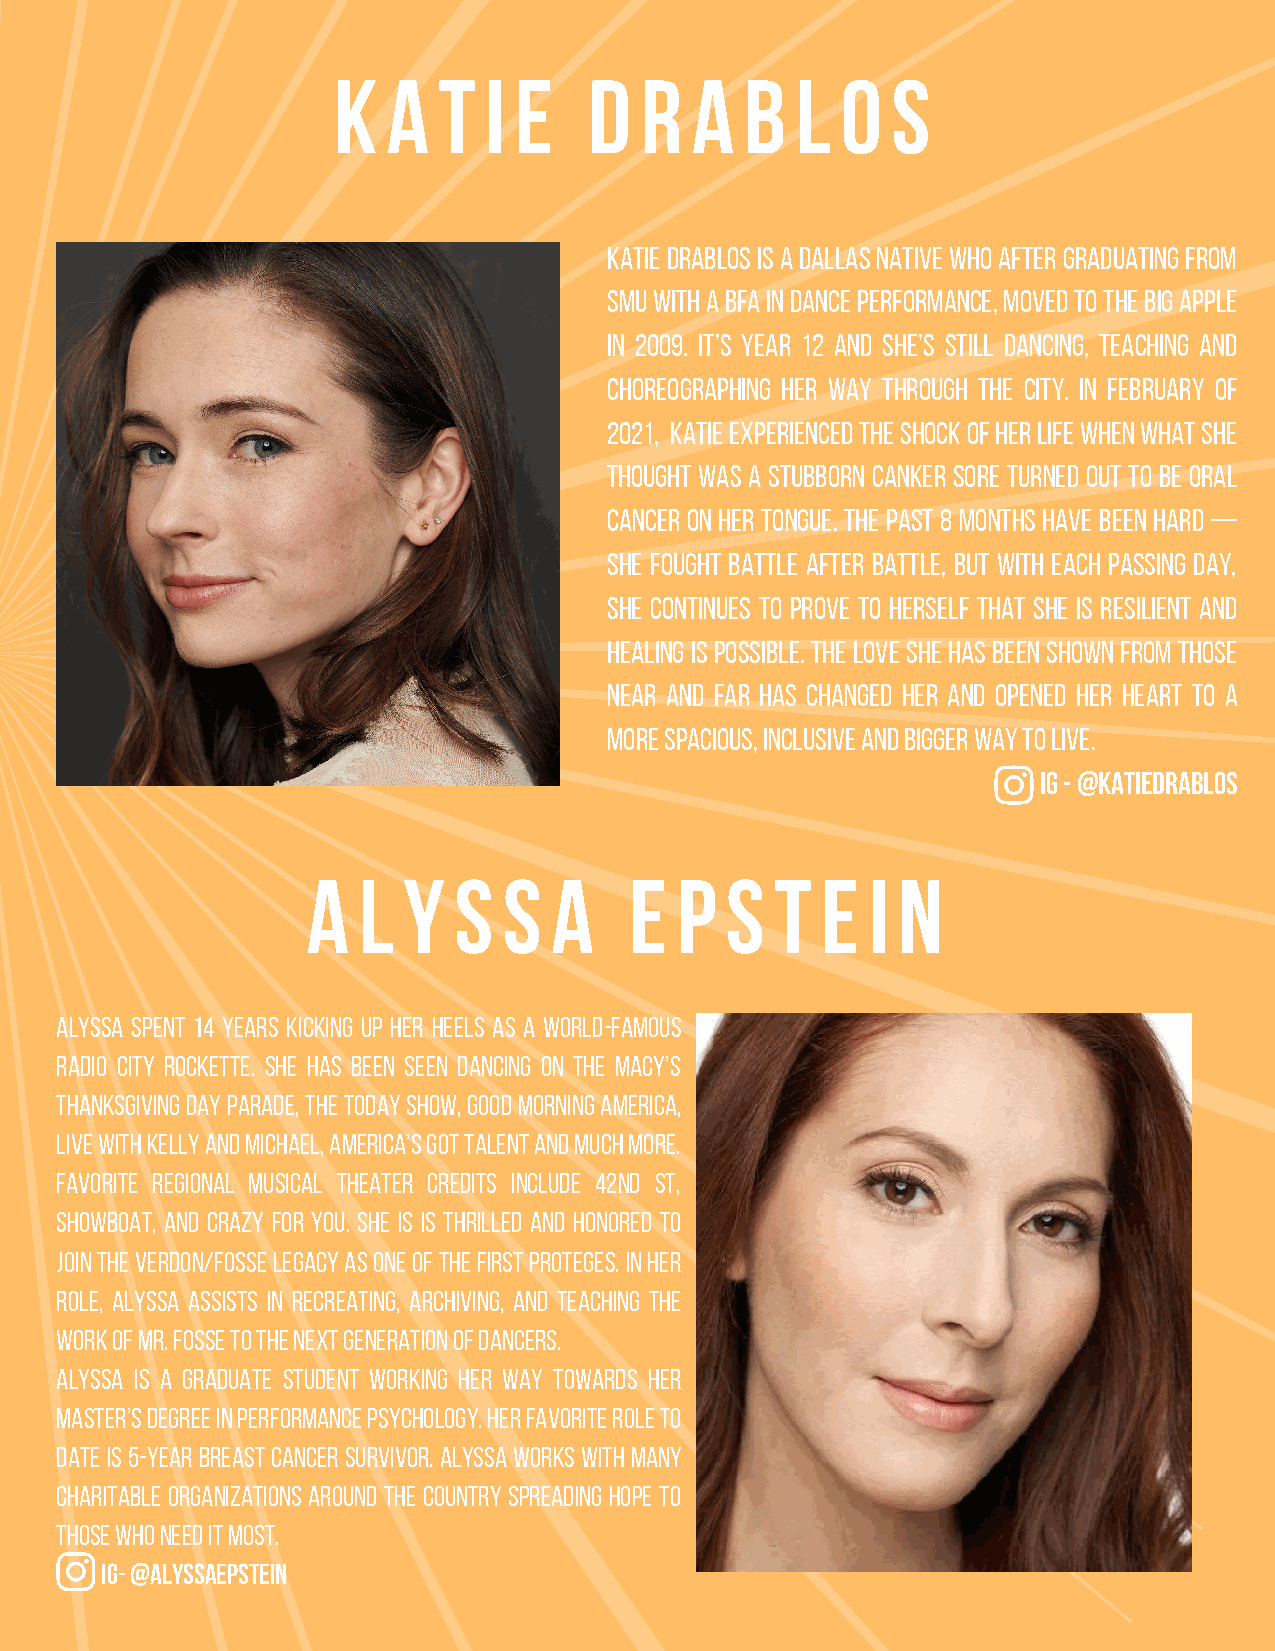
k   a  t  i e    d  r   a  b   l  o  s
 Katie Drablos is a Dallas native who after graduating from
 SMU with a BFA in Dance Performance, moved to the Big Apple
 in 2009. It’s year 12 and she’s still dancing, teaching and
 choreographing her way through the city. In February of
 2021, Katie experienced the shock of her life when what she
 thought was a stubborn canker sore turned out to be oral
 cancer on her tongue. The past 8 months have been hard —
 She fought battle after battle, but with each passing day,
 she continues to prove to herself that she is resilient and
 healing is possible. The love she has been shown from those
 near and far has changed her and opened her heart to a
 more spacious, inclusive and bigger way to live.
 IG - @KATIEDRABLOS
 a   l  y  s  s   a    e  p  s  t  e   i n
 Alyssa spent 14 years kicking up her heels as a World-Famous
 Radio City Rockette. She has been seen dancing on the Macy’s
 Thanksgiving Day Parade, The Today Show, Good Morning America,
 Live with Kelly and Michael, America’s Got Talent and MUCH more.
 Favorite regional musical theater credits include 42nd St,
 Showboat, and Crazy For You. She is is thrilled and honored to
 join the Verdon/Fosse Legacy as one of the first proteges. In her
 role, Alyssa assists in recreating, archiving, and teaching the
 work of Mr. Fosse to the next generation of dancers.
 Alyssa is a graduate student working her way towards her
 Master’s degree in Performance Psychology. Her favorite role to
 date is 5-year Breast Cancer Survivor. Alyssa works with many
 charitable organizations around the country spreading hope to
 those Who need it most.
 IG- @ALYSSAEPSTEIN